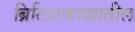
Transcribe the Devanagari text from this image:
ब्रिटिशकाळातील